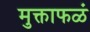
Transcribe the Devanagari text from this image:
मुक्ताफळं